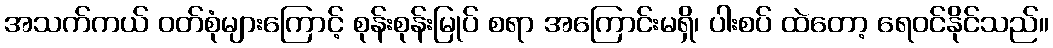
အသက်ကယ် ဝတ်စုံများကြောင့် စုန်းစုန်းမြုပ် စရာ အကြောင်းမရှိ၊ ပါးစပ် ထဲတော့ ရေဝင်နိုင်သည်။